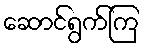
ဆောင်ရွက်ကြ